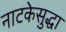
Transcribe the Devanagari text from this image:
नाटकेसुद्धा